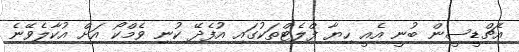
އެޗްޑީސީން ބުނީ އެއީ ހިޔާ ފްލެޓްތަކުގައި އުފެދޭ ކުނި ވެމްކޯ އަށް އުކާލެވޭނެ